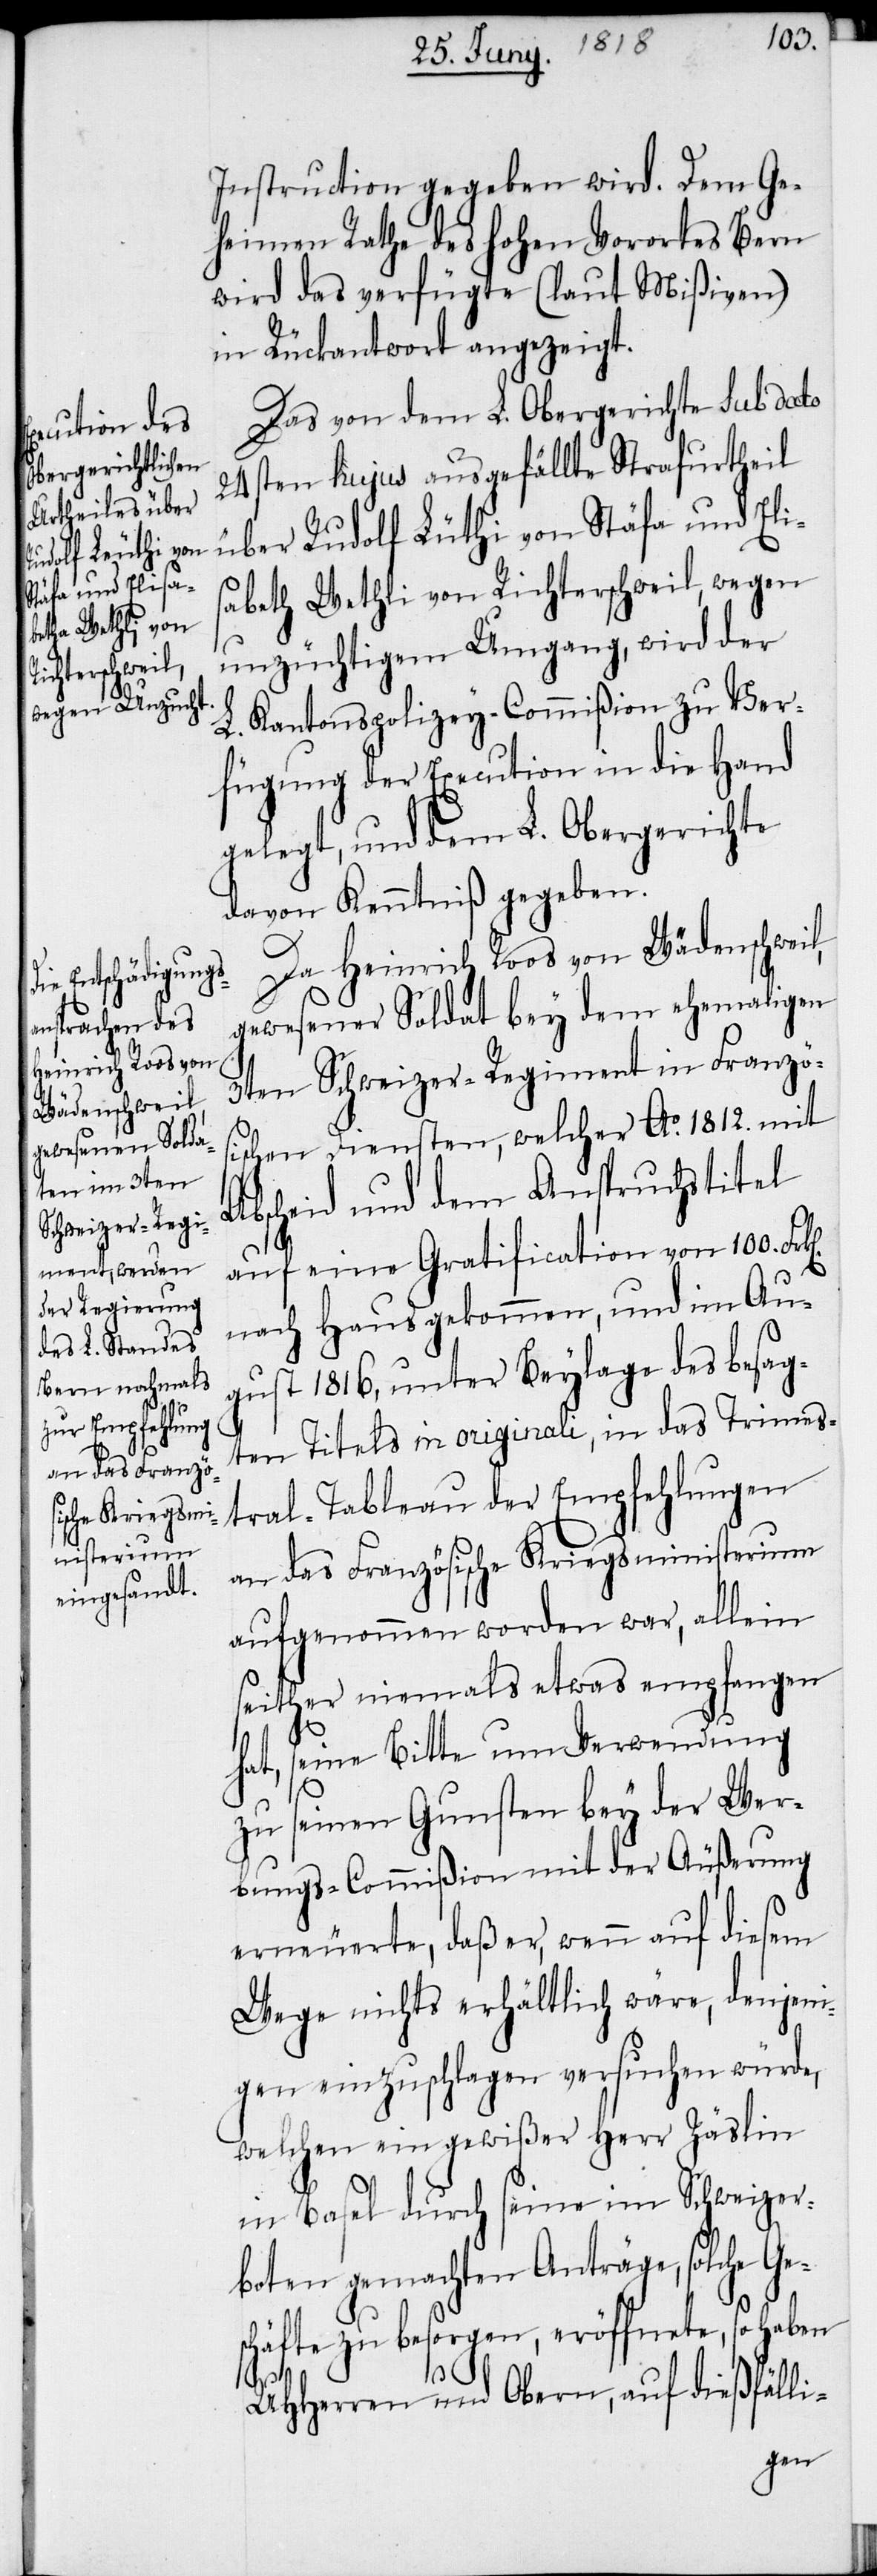
Rudolf Lüthi
Stäfa und Elisa¬

Instruction gegeben wird. Dem Ge¬
heimen Rathe des hohen Vorortes Bern
wird das verfügte (laut Mißiven)
in Rückantwort angezeigt.
Das von dem L. Obergerichte sub dato
24sten hujus ausgefällte Strafurtheil
beth Wethli von Richterschweil, wegen
unzüchtigem Umgang, wird der
L. Kantonspolizey-Commißion zu Ver¬
fügung der Execution in die Hand
gelegt, und dem L. Obergerichte
davon Kenntniß gegeben.
Da Heinrich Roos von Wädenschweil,
gewesener Soldat bey dem ehemaligen
3ten Schweizer-Regiment in Französ¬
ischen Diensten, welcher Ao. 1812. mit
Abscheid und dem Anspruchstitel
auf eine Gratification von 100. Fr¬
nach Haus gekommen, und im Au¬
gust 1816, unter Beylage des besag¬
ten Titels in originali, in das Trimes¬
tral-Tableau der Empfehlungen
an das Französische Kriegsministerium
aufgenommen worden war, allein
seither niemals etwas empfangen
hat, seine Bitte um Verwendung
zu seinen Gunsten bey der Wer¬
bungs-Commißion mit der Äußerung
erneuerte, daß er, wenn auf diesem
Wege nichts erhältlich wäre, denjeni¬
gen einzuschlagen versuchen würde,
welchen ein gewißer Herr Zäslin
in Basel durch seine im Schweizer¬
boten gemachten Anträge, solche Ge¬
schäfte zu besorgen, eröffnete, so haben
k[en].
UHHerren und Obern, auf dießfälli-